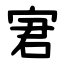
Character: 宭